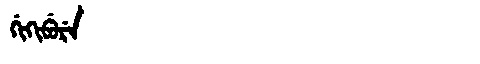
Manchu: ᡤᡳᡴᡳᠪᡠᡵᡝ
Romanization: GIKIBURE